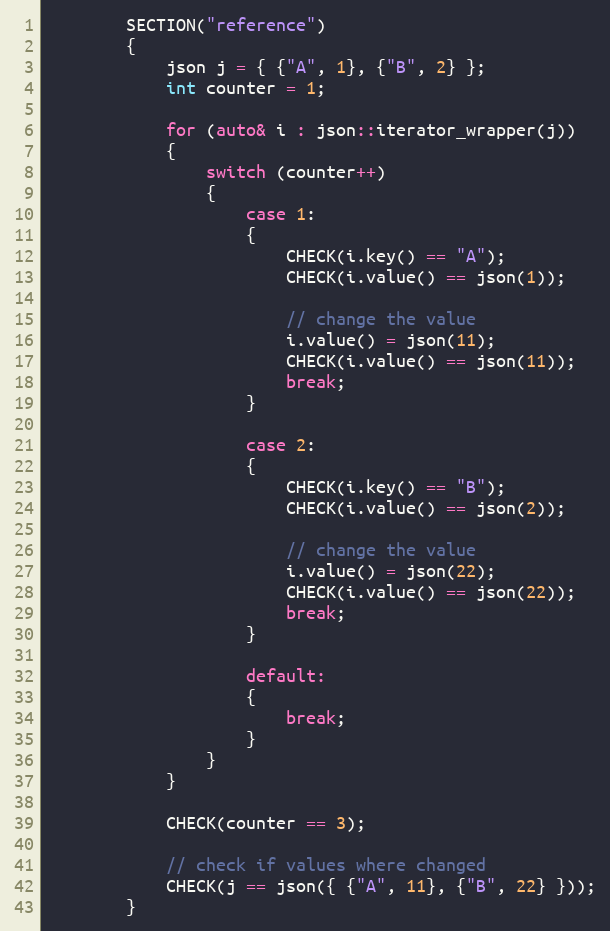
Language: C++
        SECTION("reference")
        {
            json j = { {"A", 1}, {"B", 2} };
            int counter = 1;

            for (auto& i : json::iterator_wrapper(j))
            {
                switch (counter++)
                {
                    case 1:
                    {
                        CHECK(i.key() == "A");
                        CHECK(i.value() == json(1));

                        // change the value
                        i.value() = json(11);
                        CHECK(i.value() == json(11));
                        break;
                    }

                    case 2:
                    {
                        CHECK(i.key() == "B");
                        CHECK(i.value() == json(2));

                        // change the value
                        i.value() = json(22);
                        CHECK(i.value() == json(22));
                        break;
                    }

                    default:
                    {
                        break;
                    }
                }
            }

            CHECK(counter == 3);

            // check if values where changed
            CHECK(j == json({ {"A", 11}, {"B", 22} }));
        }